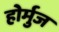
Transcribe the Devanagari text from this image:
होर्मुज